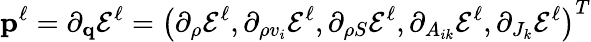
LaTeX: \mathbf{p}^{\ell}=\partial_{\mathbf{q}}\mathcal{E}^{\ell}=\left(\partial_{\rho}\mathcal{E}^{\ell},\partial_{\rho v_{i}}\mathcal{E}^{\ell},\partial_{\rho S}\mathcal{E}^{\ell},\partial_{A_{ik}}\mathcal{E}^{\ell},\partial_{J_{k}}\mathcal{E}^{\ell}\right)^{T}